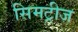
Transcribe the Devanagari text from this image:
सिमट्रीज